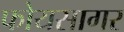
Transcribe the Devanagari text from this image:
फोयसागर